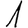
Digit: 1